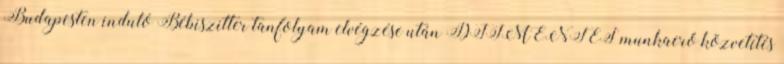
Budapesten induló Bébiszitter tanfolyam elvégzése után DÍJMENTES munkaerő közvetítés